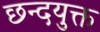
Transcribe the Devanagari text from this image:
छन्दयुक्त